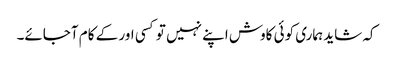
کہ شاید ہماری کوئی کاوش اپنے نہیں تو کسی اور کے کام آجائے۔